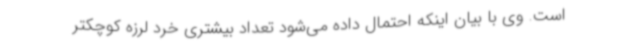
است. وی با بیان اینکه احتمال داده می‌شود تعداد بیشتری خرد لرزه کوچکتر